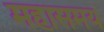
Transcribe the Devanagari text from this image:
महासमय